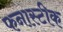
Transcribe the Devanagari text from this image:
फनास्टीक